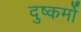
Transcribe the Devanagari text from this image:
दुष्कर्मो